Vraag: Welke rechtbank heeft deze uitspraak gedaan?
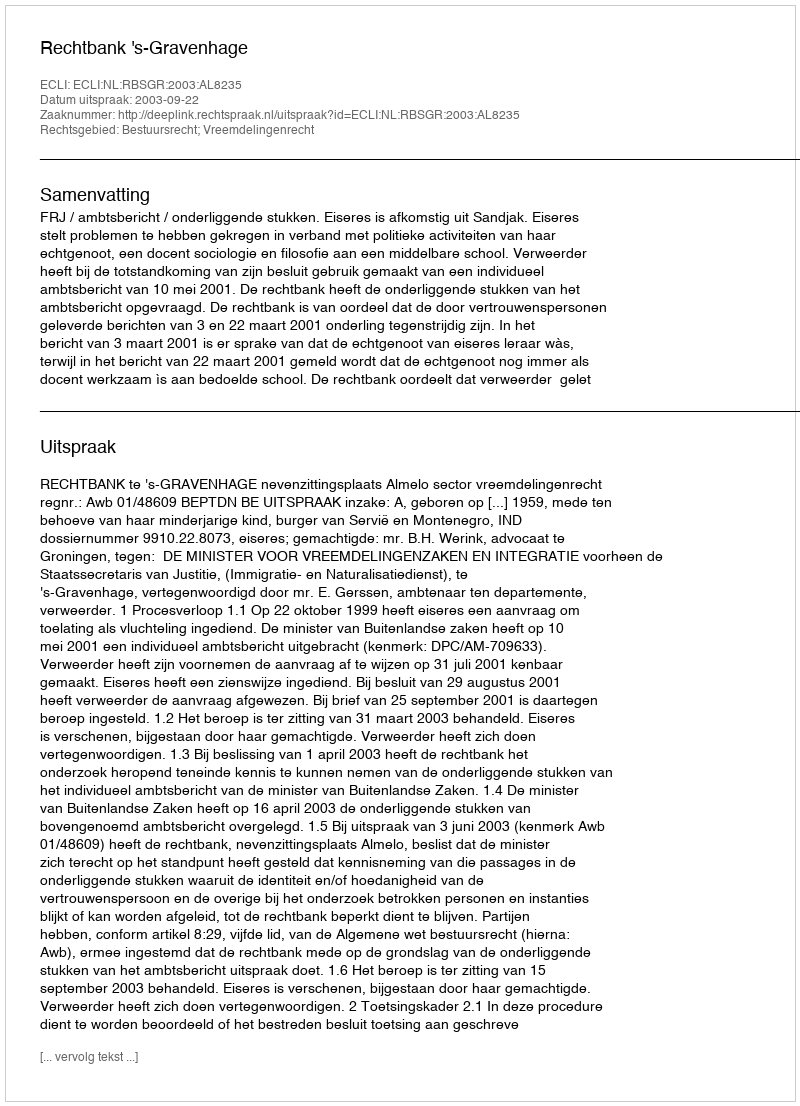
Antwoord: Rechtbank 's-Gravenhage